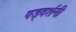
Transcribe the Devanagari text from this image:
षड्दर्शनी